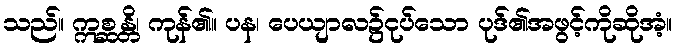
သည်။ ဣစ္ဆန္တိ၊ ကုန်၏။ ပန၊ ပေယျာလ၌ငုပ်သော ပုဒ်၏အဖွင့်ကိုဆိုအံ့။